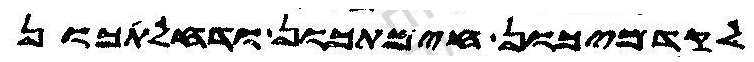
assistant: לקדמיכון חימתכון ודחלתכון